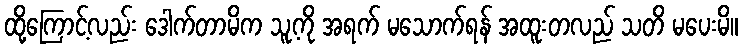
ထို့ကြောင့်လည်း ဒေါက်တာမိက သူ့ကို အရက် မသောက်ရန် အထူးတလည် သတိ မပေးမိ။